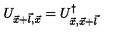
U _ { \vec { x } + \vec { l } , \vec { x } } = U _ { \vec { x } , \vec { x } + \vec { l } } ^ { \dagger }